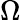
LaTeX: \Omega\,